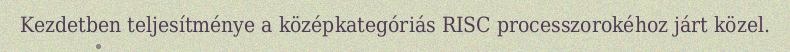
Kezdetben teljesítménye a középkategóriás RISC processzorokéhoz járt közel.